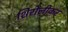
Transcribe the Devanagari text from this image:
शिरोलीकर